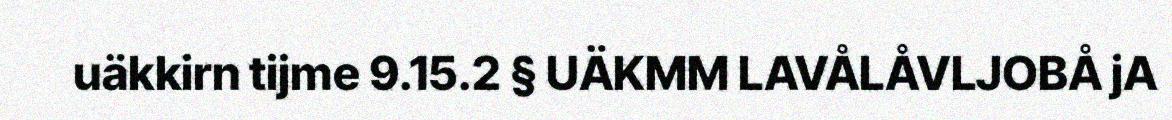
uäkkirn tijme 9.15.2 § UÄKMM LAVÅLÅVLJOBÅ jA